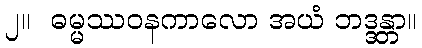
၂။  ဓမ္မဿဝနကာလော အယံ ဘဒ္ဒန္တာ။